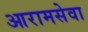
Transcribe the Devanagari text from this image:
आरामसेवा